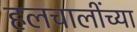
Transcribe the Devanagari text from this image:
हलचालींच्या